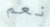
نعم